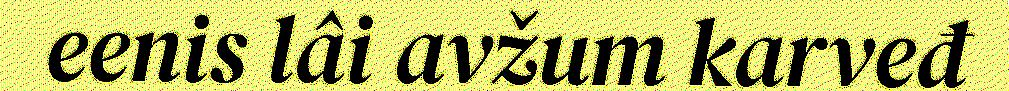
eenis lâi avžum karveđ